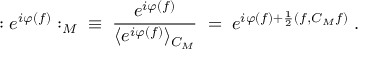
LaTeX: : e ^ { i \varphi ( f ) } : _ { M } \; \; \equiv \; \frac { e ^ { i \varphi ( f ) } } { \langle e ^ { i \varphi ( f ) } \rangle _ { C _ { M } } } \; = \; e ^ { i \varphi ( f ) + \frac { 1 } { 2 } ( f , C _ { M } f ) } \; .